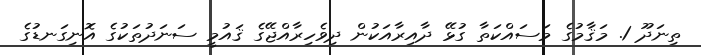
ތިނަދޫ 1. މަޤާމުގެ މަސައްކަތާ ގުޅޭ ދާއިރާއަކުން ދިވެހިރާއްޖޭގެ ޤައުމީ ސަނަދުތަކުގެ އޮނިގަނޑުގެ